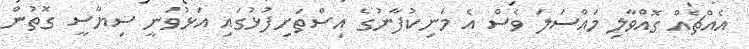
އެއްޗެއް ގޮއްވާލި މައްސަލަ ވެސް އެ މަނިކުފާނުގެ އިސްތަށިފުޅުގައި އަޅުވަނީ ސިޔާސީ ގޮތުން